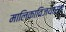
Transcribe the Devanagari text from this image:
मालिकाविजयासह